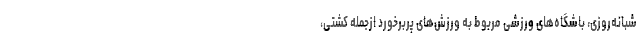
شبانه‌روزی، باشگاه‌های ورزشی مربوط به ورزش‌های پربرخورد ازجمله کشتی،